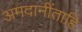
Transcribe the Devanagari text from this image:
अमदानींताहि